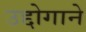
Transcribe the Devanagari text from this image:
उद्दोगाने